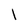
Character: 1